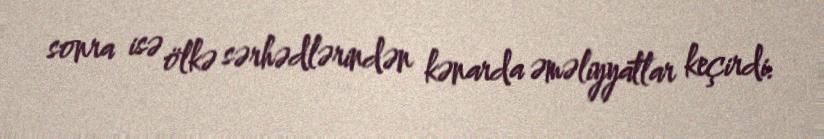
sonra isə ölkə sərhədlərindən kənarda əməliyyatlar keçirdi.